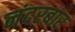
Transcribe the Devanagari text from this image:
नंदरबार